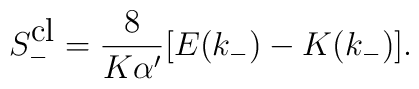
S_-^{\mbox{cl}}=\frac{8}{K\alpha'}[E(k_-)-K(k_-)].